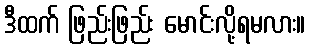
ဒီထက် ဖြည်းဖြည်း မောင်းလို့ရမလား။